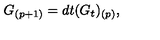
G _ { ( p + 1 ) } = d t ( G _ { t } ) _ { ( p ) } ,